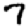
Digit: 7